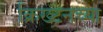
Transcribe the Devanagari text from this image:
क्रिख्टनच्या